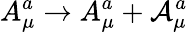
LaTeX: A_{\mu}^{a}\rightarrow A_{\mu}^{a}+\mathcal{A}_{\mu}^{a}